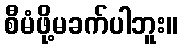
စီမံဖို့မခက်ပါဘူး။